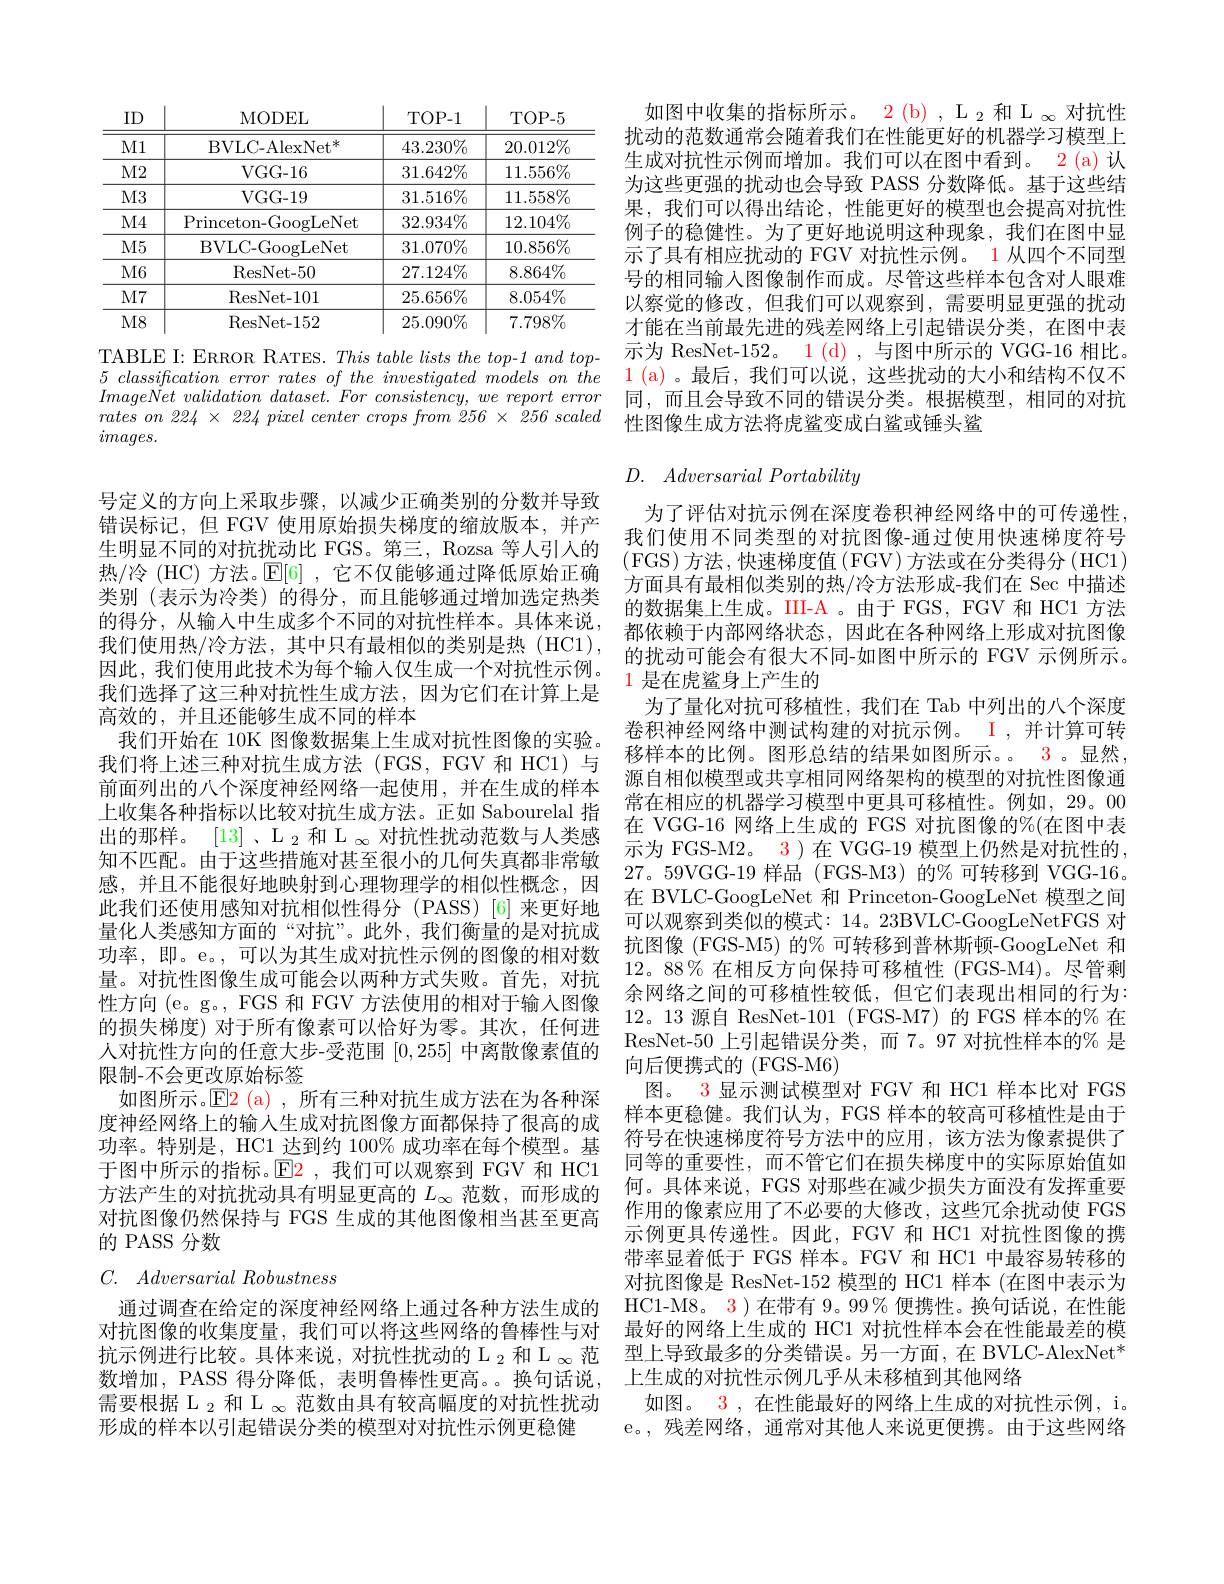
<table>
	<tbody>
		<tr>
			<th>ID</th>
			<th>MODEL</th>
			<th>TOP- 1</th>
			<th>TOP- 5</th>
		</tr>
		<tr>
			<td>$M1$</td>
			<td>$\mathrm{BVLC-AlexNet}^{*}$</td>
			<td>$43.230\%$</td>
			<td>$20.012\%$</td>
		</tr>
		<tr>
			<td>$M2$</td>
			<td>$VGG-16$</td>
			<td>$31.642\%$</td>
			<td>$11.556\%$</td>
		</tr>
		<tr>
			<td>$M3$</td>
			<td>$VGG-19$</td>
			<td>$31.516\%$</td>
			<td>$11.558\%$</td>
		</tr>
		<tr>
			<td>$M4$</td>
			<td>Princeton-GoogLeNet</td>
			<td>$32.934\%$</td>
			<td>$12.104\%$</td>
		</tr>
		<tr>
			<td>$M5$</td>
			<td>BVLC- GoogLeNet</td>
			<td>$31.070\%$</td>
			<td>$10.856\%$</td>
		</tr>
		<tr>
			<td>$M6$</td>
			<td>ResNet- 50</td>
			<td>$27.124\%$</td>
			<td>$8.864\%$</td>
		</tr>
		<tr>
			<td>$M7$</td>
			<td>ResNet- 101</td>
			<td>$25.656\%$</td>
			<td>$8.054\%$</td>
		</tr>
		<tr>
			<td>$M8$</td>
			<td>ResNet- 152</td>
			<td>$25.090\%$</td>
			<td>$7.798\%$</td>
		</tr>
	</tbody>
</table>
TABLE I: ERROR RATES. $This\textit{table lists the top- 1 and top- }$

$5\textit{ classification error rates of the investigated models on the}$ $ImageNet\textit{ validation dataset. For consistency, we report error}$ $rateson224\times224pixelcentercropsfrom256\times\dot{2}56scaled$ $images.$

号定义的方向上采取步骤，以减少正确类别的分数并导致错误标记，但 FGV 使用原始损失梯度的缩放版本，并产生明显不同的对抗扰动比 FGS。第三，Rozsa 等人引入的热/冷 (HC) 方法。$\mathbb{E}[6]$ ,它不仅能够通过降低原始正确类别(表示为冷类)的得分，而且能够通过增加选定热类的得分，从输入中生成多个不同的对抗性样本。具体来说， 我们使用热/冷方法，其中只有最相似的类别是热(HC1), 因此，我们使用此技术为每个输人仅生成一个对抗性示例。我们选择了这三种对抗性生成方法，因为它们在计算上是高效的，并且还能够生成不同的样本
我们开始在 10K 图像数据集上生成对抗性图像的实验。我们将上述三种对抗生成方法(FGS,FGV 和 HC1)与前面列出的八个深度神经网络一起使用，并在生成的样本上收集各种指标以比较对抗生成方法。正如 Sabourelal 指出的那样。[13] 、$\mathcal{L}_2$和$\mathcal{L}_\infty$对抗性扰动范数与人类感知不匹配。由于这些措施对甚至很小的几何失真都非常敏感，并且不能很好地映射到心理物理学的相似性概念，因此我们还使用感知对抗相似性得分 (PASS)[6]来更好地量化人类感知方面的“对抗”。此外，我们衡量的是对抗成功率，即。e。,可以为其生成对抗性示例的图像的相对数量。对抗性图像生成可能会以两种方式失败。首先，对抗性方向 (e。g。, FGS 和 FGV 方法使用的相对于输入图像的损失梯度) 对于所有像素可以恰好为零。其次，任何进人对抗性方向的任意大步-受范围[0,255]中离散像素值的限制-不会更改原始标签
如图所示。$\color{red}{\mathrm{E}}\color{blue}{\mathrm{(a),}}$所有三种对抗生成方法在为各种深度神经网络上的输入生成对抗图像方面都保持了很高的成功率。特别是，HC1 达到约 100% 成功率在每个模型。基于图中所示的指标。$\operatorname{E2}$ ,我们可以观察到 FGV 和 HC1方法产生的对抗扰动具有明显更高的$L_\infty$范数，而形成的对抗图像仍然保持与 FGS 生成的其他图像相当甚至更高的 PASS 分数

$C.$ $Adversarial\textit{Robustness}$

通过调查在给定的深度神经网络上通过各种方法生成的对抗图像的收集度量，我们可以将这些网络的鲁棒性与对抗示例进行比较。具体来说，对抗性扰动的 L $_2\text{ 和 L }_\infty$范形成的样本以引起错误分类的模型对对抗性示例更稳健

如图中收集的指标所示。2 (b) , $\mathcal{L}_2$和 L $_\infty$对抗性扰动的范数通常会随着我们在性能更好的机器学习模型上生成对抗性示例而增加。我们可以在图中看到。2(a)认为这些更强的扰动也会导致 PASS 分数降低。基于这些结果，我们可以得出结论，性能更好的模型也会提高对抗性例子的稳健性。为了更好地说明这种现象，我们在图中显示了具有相应扰动的 FGV 对抗性示例。1 从四个不同型号的相同输入图像制作而成。尽管这些样本包含对人眼难以察觉的修改，但我们可以观察到，需要明显更强的扰动才能在当前最先进的残差网络上引起错误分类，在图中表示为 ResNet-152。$\color{red} {1}\mathrm{( d) ~, ~}$与图中所示的 VGG-16 相比。1 ( a) 。最 后 , 我 们 可 以 说 , 这 些 扰 动 的 大 小 和 结 构 不 仅 不 同，而且会导致不同的错误分类。根据模型，相同的对抗性图像生成方法将虎鲨变成白鲨或锤头鲨

# $D.$ Adversarial Portability

为了评估对抗示例在深度卷积神经网络中的可传递性， 我们使用不同类型的对抗图像-通过使用快速梯度符号(FGS)方法，快速梯度值$\left(\mathrm{FGV}\right)$方法或在分类得分$\left(\mathrm{HC1}\right)$ 方面具有最相似类别的热/冷方法形成-我们在 Sec 中描述的数据集上生成。III-A 。由于 FGS, FGV 和 HC1 方法都依赖于内部网络状态，因此在各种网络上形成对抗图像的扰动可能会有很大不同-如图中所示的 FGV 示例所示。

# $\color{red}{1\text{ 是在虎鲨身上产生的}}$

为了量化对抗可移植性，我们在 Tab 中列出的八个深度卷积神经网络中测试构建的对抗示例。I ,并计算可转移样本的比例。图形总结的结果如图所示。3。显然， 源自相似模型或共享相同网络架构的模型的对抗性图像通常在相应的机器学习模型中更具可移植性。例如，29。00在 VGG-16 网络上生成的 FGS 对抗图像的%(在图中表示为 FGS-M2。3 )在 VGG-19 模型上仍然是对抗性的， 27。59VGG-19 样品(FGS-M3)的%可转移到 VGG-16。在 BVLC-GoogLeNet 和 Princeton-GoogLeNet 模型之间可以观察到类似的模式：14。23BVLC-GoogLeNetFGS 对抗图像 (FGS-M5) 的% 可转移到普林斯顿-GoogLeNet 和12。88% 在相反方向保持可移植性 (FGS-M4)。尽管剩余网络之间的可移植性较低，但它们表现出相同的行为： 12。13 源自 ResNet-101 (FGS-M7)的 FGS 样本的%在ResNet-50 上引起错误分类，而 7。97 对抗性样本的% 是向后便携式的(FGS-M6)
图。3 显示测试模型对 FGV 和 HC1 样本比对 FGS 样本更稳健。我们认为，FGS 样本的较高可移植性是由于符号在快速梯度符号方法中的应用，该方法为像素提供了同等的重要性，而不管它们在损失梯度中的实际原始值如何。具体来说，FGS 对那些在减少损失方面没有发挥重要作用的像素应用了不必要的大修改，这些冗余扰动使 FGS 示例更具传递性。因此，FGV 和 HC1 对抗性图像的携带率显着低于 FGS 样本。FGV 和 HC1 中最容易转移的对抗图像是 ResNet-152 模型的 HC1 样本 (在图中表示为HC1-M8。3 ) 在带有 9。99% 便携性。换句话说，在性能最好的网络上生成的 HC1 对抗性样本会在性能最差的模型上导致最多的分类错误。另一方面，在 BVLC-AlexNet*
数增加，PASS 得分降低，表明鲁棒性更高。。换句话说，上生成的对抗性示例几乎从未移植到其他网络
需要根据$\mathscr{L}_2$和$\mathscr{L}_\infty$范数由具有较高幅度的对抗性扰动   如图。 3 ,在性能最好的网络上生成的对抗性示例，i。
e。,残差网络，通常对其他人来说更便携。由于这些网络